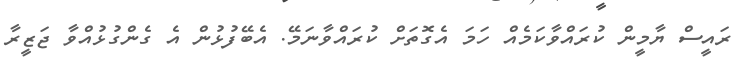
ރައީސް ޔާމީން ކުރައްވާކަމެއް ހަމަ އެގޮތަށް ކުރައްވާނަމޭ. އެބޭފުޅުން އެ ގެންގުޅުއްވާ ޖަޒީރާ